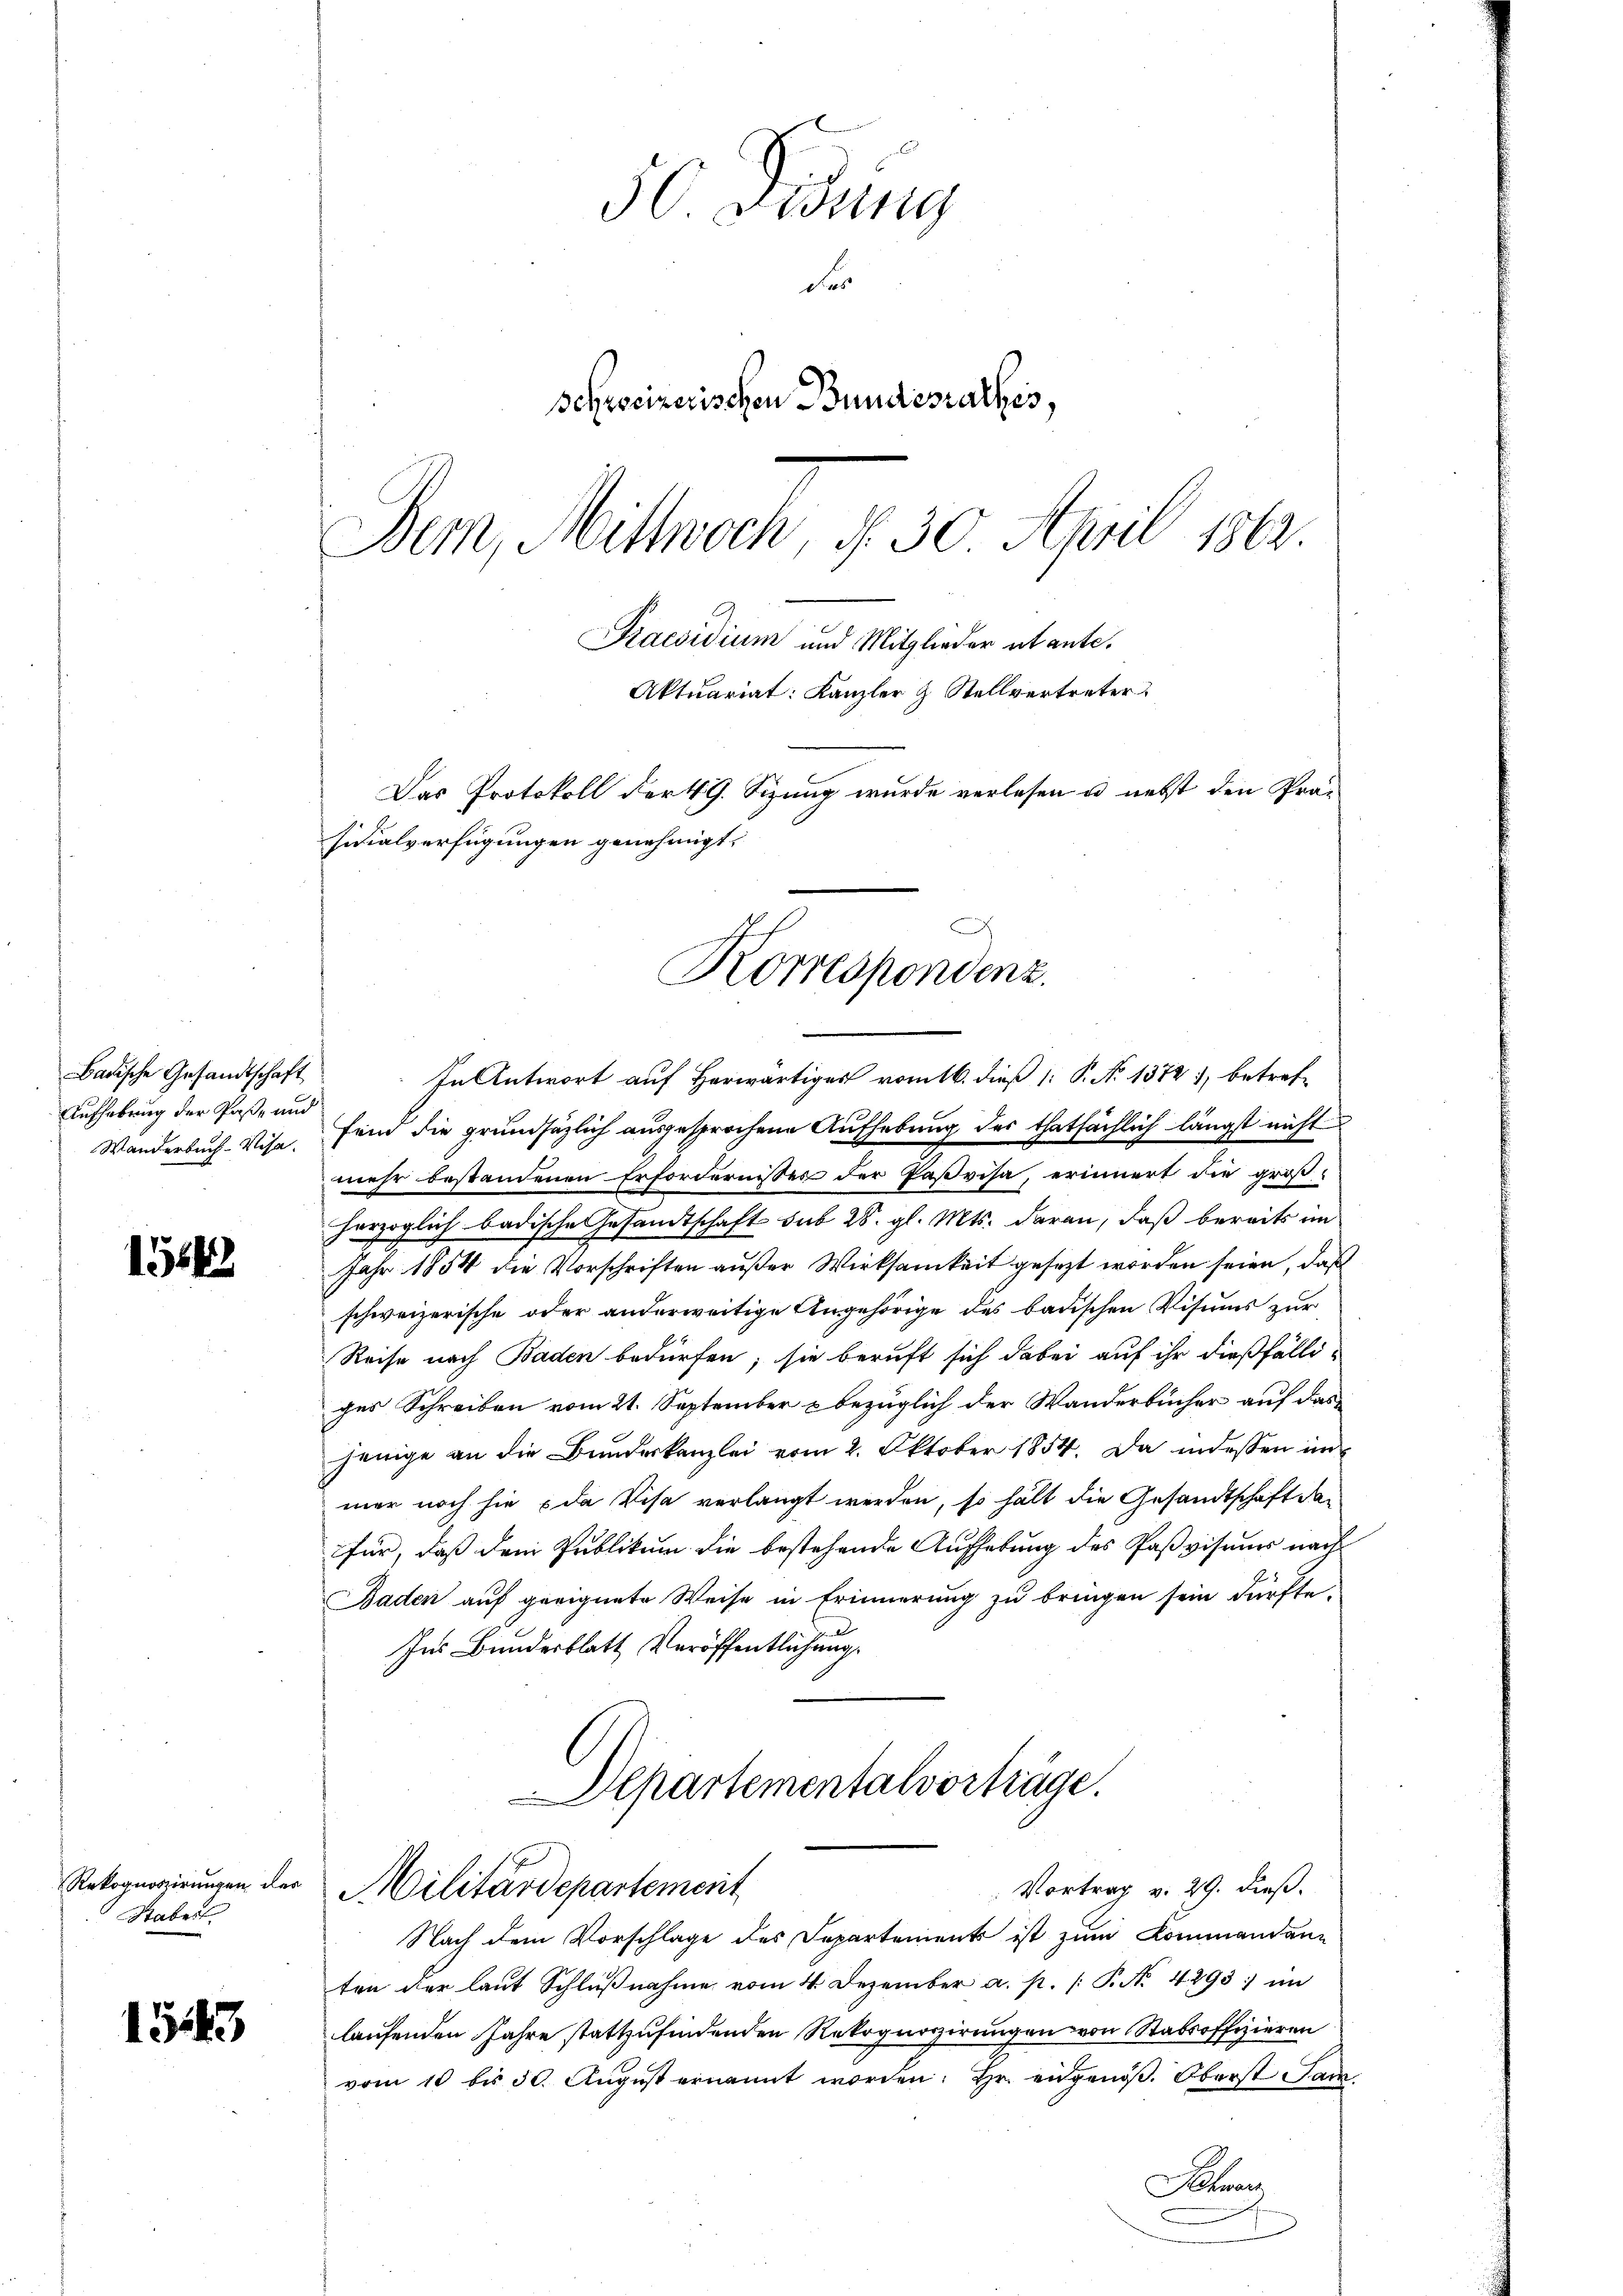
Badische Gesandtschaft
Aufhebung der Paß- und
Wanderbuch-Vise.

154

Staber

1543

50 Dedung
der
Schreizerischen Bundesrathes,
Bern, Mittwoch, d. 30 April 1862.
Praesidium und Mitglieder abante.
Aktuariat: Kanzler & Stellvertreter
Das Protokoll der 49. Sizung wurde verlesen u. nebst den Präsidialverfügungen genehmigt.

In Antwort auf Herwärtiges vom 16. dieß 1: P. No 1372), betrefsind die grundsätzlich ausgesprochene Aufhebung des thatsächlich längst nicht
mehr bestandenen Erfordernisses der Paßvisa, erinnert die groß-
erzoglich badische Gesandtschaft sub 28. gl. Mts. daran, daß bereits im
Jahr 1854 die Vorschriften außer Wirksamkeit gesezt worden seien, daß
schweizerische oder anderweitige Angehörige des badischen Visums zur
Reise nach Baden bedürfen; sie beruft sich dabei auf ihr dießfälliges Schreiben vom 21. September & bezüglich der Wanderbücher auf das
jenige an die Bundeskanzlei vom 2. Oktober 1854. Da indessen in
mer noch sie da Visa verlangt werden, so hält die Gesandtschaft dafür, daß dem Publikum die bestehende Aufhebung des Paßviseur nach
Baden auf geeignete Weise in Erinnerung zu bringen sein dürfte.
Ins Bundesblatt Veröffentlichung,

A
Korrespondenz.

Alpartementalvorträge.
Rekognorirŭngen der Militärdepartement
Vortrag v. 29. dieß.

Nach dem Vorschlage des Departements ist zum Kommandan-
ten der laut Schlŭβnahme vom 4. Dezember a. p. /: P. Nr. 4293; im
laufenden Jahre stattzufindenden Rekognoszirungen von Stabsoffizieren
vom 10 bis 30. Aŭgŭst ernannt worden. Hr. eidgenöβ. Oberst au
Sehnen